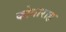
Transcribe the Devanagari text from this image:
कोगाराह